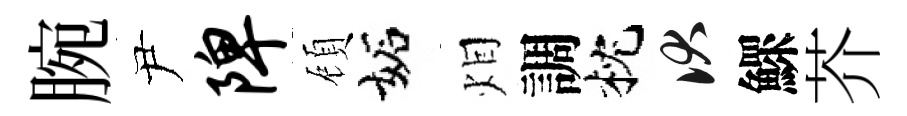
腕尹陴頋妬𤇆調枕伏鰥芥